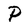
Character: P